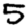
Digit: 5